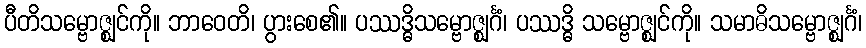
ပီတိသမ္ဗောဇ္ဈင်ကို။ ဘာဝေတိ၊ ပွားစေ၏။ ပဿဒ္ဓိသမ္ဗောဇ္ဈင်္ဂံ၊ ပဿဒ္ဓိ သမ္ဗောဇ္ဈင်ကို။ သမာဓိသမ္ဗောဇ္ဈင်္ဂံ၊